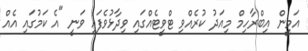
އަމީން އިބްރާހިމް މިއަދު ކުރެއްވި ޓްވީޓެއްގައި ވިދާޅުވެފައި ވަނީ "އެ ކަމުގައި އެއް